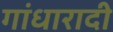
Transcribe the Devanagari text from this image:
गांधारादी